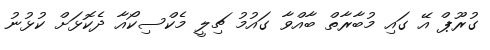
ގުރޫޕް އޭ ގައި މުބާރާތް ބާއްވާ ގައުމު ޗިލީ މެކްސިކޯއާ ދެކޮޅަށް ކުޅުނު